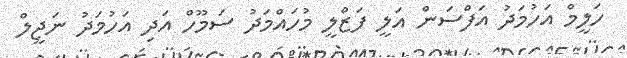
ހަލީމް އަހުމަދު އަފްސަން އަލީ ފަޒްލީ މުހައްމަދު ސަމޫހް އަދި އަހުމަދު ނަޖީލް